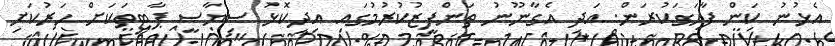
އެޅުނު ކަން ފާހަގަކުރަން. އަދި އެގާނޫނު ތަންފީޒުކުރުމުގައި އިދިކޮޅު ސިޔާސީ ޕާޓީތަކަށް ހަރުކަށި